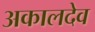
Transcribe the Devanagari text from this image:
अकालदेव